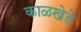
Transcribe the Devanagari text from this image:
काळखेडे